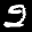
Label: 2